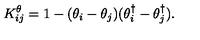
K _ { i j } ^ { \theta } = 1 - ( \theta _ { i } - \theta _ { j } ) ( \theta _ { i } ^ { \dagger } - \theta _ { j } ^ { \dagger } ) .